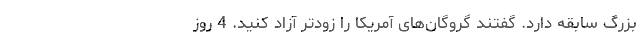
بزرگ سابقه دارد. گفتند گروگان‌های آمریکا را زودتر آزاد کنید. 4 روز